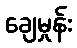
ချေမှုန်း